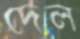
দেল